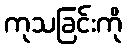
ကုသခြင်းကို